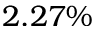
2 . 2 7 \%